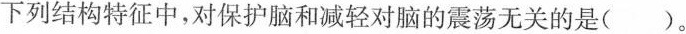
下列结构特征中，对保护脑和减轻对脑的震荡无关的是()。